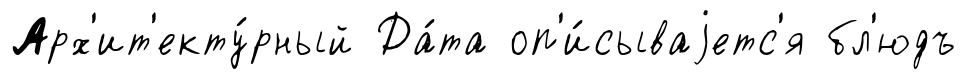
Арх'ит'екту́рный Да́та оп'и́сываjетс'я бл'юдъ